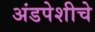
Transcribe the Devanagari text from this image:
अंडपेशीचे